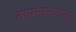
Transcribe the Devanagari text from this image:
तापमानापासून